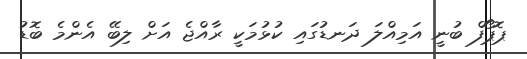
ޕޮޕޯފް ބުނީ އަމިއްލަ ދަނޑުގައި ކުޅުމަކީ ރާއްޖެ އަށް ލިބޭ އެންމެ ބޮޑު